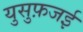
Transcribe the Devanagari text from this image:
युसुफ़जई